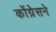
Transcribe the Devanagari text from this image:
कोंग्रेसने